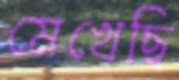
মেখেছি